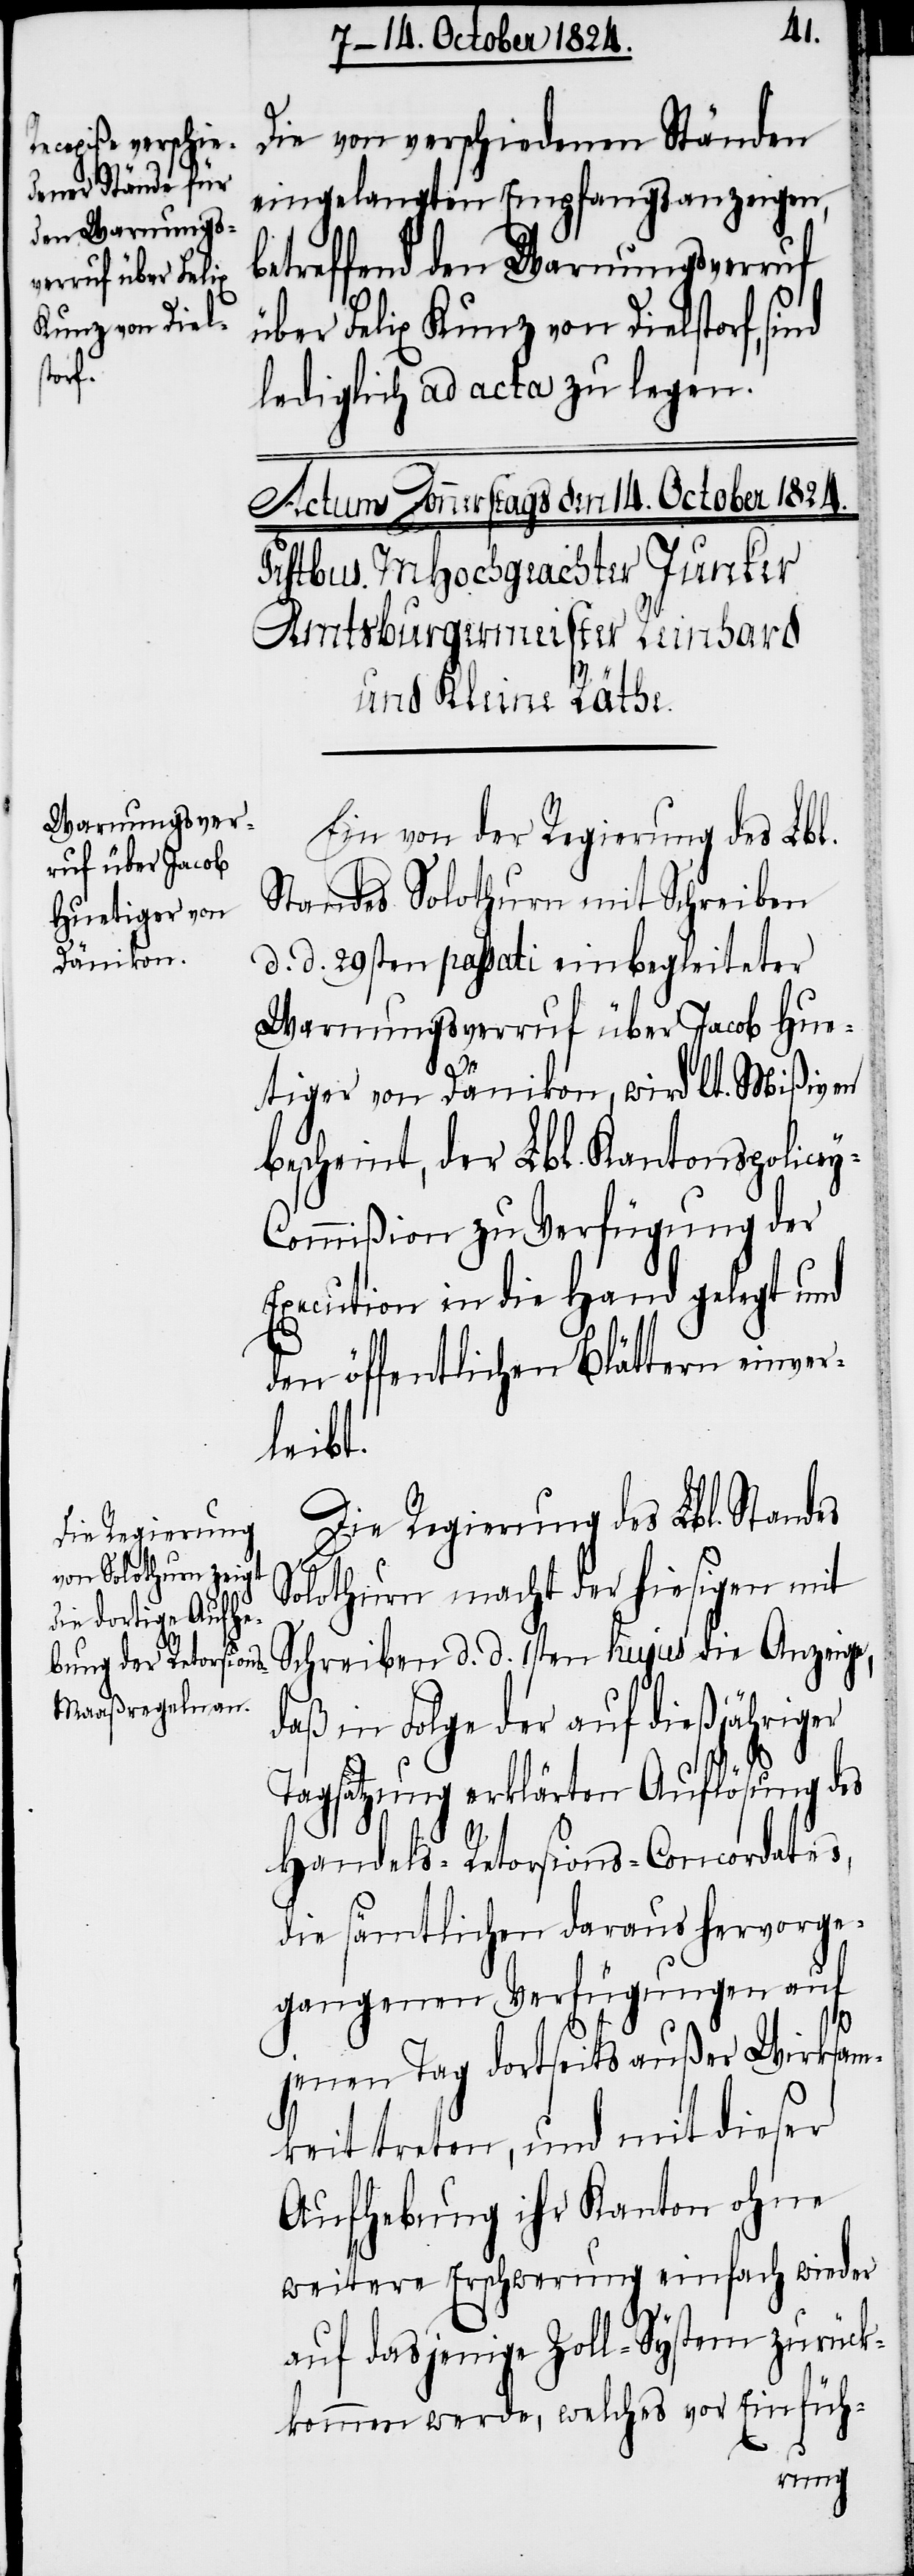
Die von verschiedenen Ständen
eingelangten Empfangsanzeigen,
betreffend den Warnungsverruf
über Felix Kunz von Dielstorf, sind
lediglich ad acta zu legen.
Ein von der Regierung des Lbl.
Standes Solothurn mit Schreiben
d. d. 29sten passati einbegleiteter
Warnungsverruf über Jacob Hue¬
tiger von Dänikon, wird lt. Mißiven
bescheint, der Lbl. Kantons-Police¬
y-Commißion zu Verfügung der
Execution in die Hand gelegt und
den öffentlichen Blättern einver¬
leibt.
Die Regierung des Lbl. Standes
Solothurn macht der hiesigen mit
Schreiben d. d. 1sten hujus die Anzeige,
daß in Folge der auf dießjähriger
Tagsatzung erläuterten Auflösung des
Handels-Retorsions-Concordates,
die sämtlichen daraus hervorge¬
gangenen Verfügungen auf
jenen Tag dortseits außer Wirksam¬
keit treten, und mit dieser
Aufhebung ihr Kanton ohne
weitere Erschwerung einfach wieder
auf dasjenige Zoll-System zurück¬
kommen werde, welches vor Einfüh-